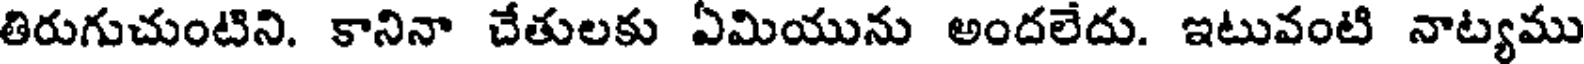
తిరుగుచుంటిని. కానినా చేతులకు ఏమియును అందలేదు. ఇటువంటి నాట్యము